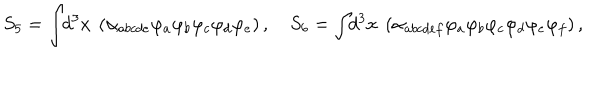
LaTeX: S _ { 5 } = \int \! \! d ^ { 3 } x ~ \left( \alpha _ { a b c d e } \varphi _ { a } \varphi _ { b } \varphi _ { c } \varphi _ { d } \varphi _ { e } \right) , \quad S _ { 6 } = \int \! \! d ^ { 3 } x ~ \left( \alpha _ { a b c d e f } \varphi _ { a } \varphi _ { b } \varphi _ { c } \varphi _ { d } \varphi _ { e } \varphi _ { f } \right) ,